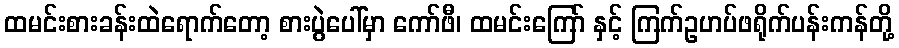
ထမင်းစားခန်းထဲရောက်တော့ စားပွဲပေါ်မှာ ကော်ဖီ၊ ထမင်းကြော် နှင့် ကြက်ဥဟပ်ဖရိုက်ပန်းကန်တို့